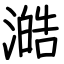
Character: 澔